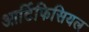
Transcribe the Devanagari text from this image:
आर्टिफिसियल